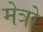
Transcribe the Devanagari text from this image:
मेत्रो